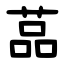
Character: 䓵